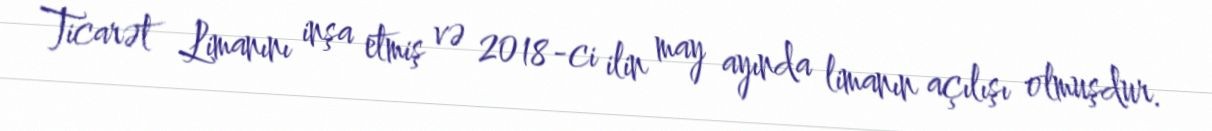
Ticarət Limanını inşa etmiş və 2018-ci ilin may ayında limanın açılışı olmuşdur.